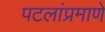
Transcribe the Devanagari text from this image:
पटलांप्रमाणे